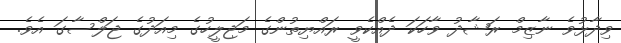
ވިދާޅުވެ ނާޒިމް ރަޝާދު ވާހަކަ ދެއްކެވީ ރައްޔިތުންގެ މަޖިލީހުގެ މިއަދުގެ ޖަލްސާގަ އެވެ.